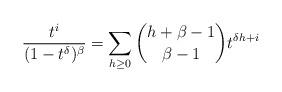
LaTeX: \begin{align*}\frac{t^i}{(1-t^\delta)^{\beta}} = \sum_{h \geq 0} \binom{h + \beta - 1}{\beta -1} t^{\delta h+i}\end{align*}